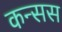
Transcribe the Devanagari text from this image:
कन्सस